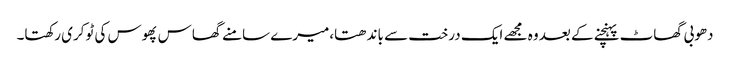
دھوبی گھاٹ پہنچنے کے بعد وہ مجھے ایک درخت سے باندھتا،میرے سامنے گھاس پھوس کی ٹوکری رکھتا۔